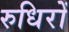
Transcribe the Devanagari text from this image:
रुधिरों